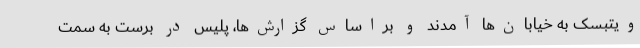
ویتبسک به خیابان‌ها آمدند و براساس گزارش‌ها، پلیس در برست به سمت